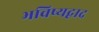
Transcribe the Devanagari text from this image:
भविष्यद्वाद